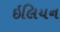
ઇલિયન